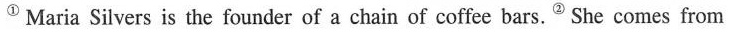
^{①}Maria Silvers is the founder of a chain of coffee bars.^{②}She comes from